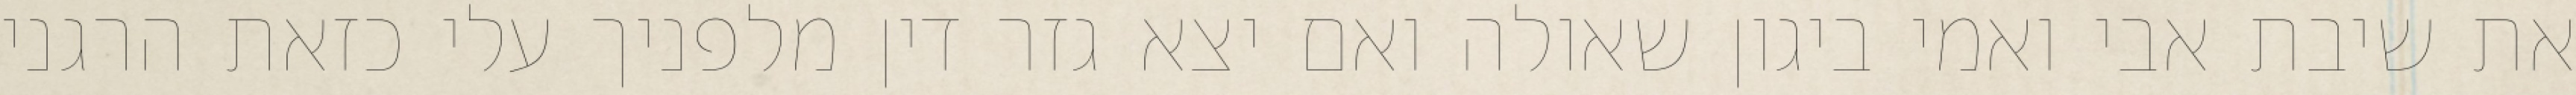
את שיבת אבי ואמי ביגון שאולה ואם יצא גזר דין מלפניך עלי כזאת הרגני